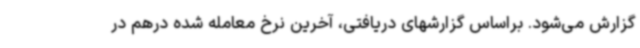
گزارش می‌شود. براساس گزارشهای دریافتی، آخرین نرخ معامله شده درهم در